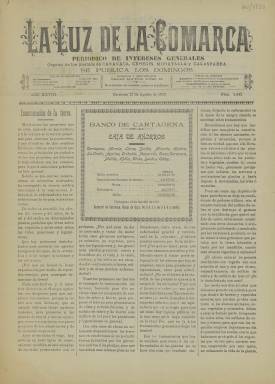
Título: La Luz de la comarca
Colección: Periódicos
Ámbito geográfico: Murcia
Lugar de publicación: Caravaca [Murcia]
Fechas: 21/08/1910-10/09/1911

Semanario de Caravaca de la Cruz y su comarca, se trata de un periódico que tuvo una vida larga, dado que comenzó a editarse en 1885 y concluyó su trayectoria a finales de la década de 1920. La Biblioteca Nacional de España solo posee dos números de esta publicación local, correspondientes a los años 1910 y 1911. En estos años La Luz de la comarca ya tenía como competidor en Caravaca a El Siglo Nuevo, que era de ideario más conservador, aunque ninguno de los dos estaba adscrito a un partido o patrocinado por un político local o regional.

     La Luz de la comarca comenzó a llamarse así en 1889, pues inicialmente su nombre era La Luz de Caravaca. A partir de entonces se publicaba los domingos y se declaraba órgano de los pueblos de Caravaca, Cehegin, Moratalla y Calasparra, es decir la zona noroeste de la región murciana. Fue el primer periódico de Caravaca que amplió su radio de acción con información de los pueblos cercanos.

    Por los números que posee la BNE se colige que el periódico estaba volcado en la información oficial y noticias locales y acogía además colaboraciones literarias. Contaba con un gran número de anuncios publicitarios, lo que facilitaría financieramente su edición y justificaría la longevidad de la publicación.

   Como era corriente en los periódicos locales, celebraba como triunfos propios de toda la población cuando alguno de sus vecinos lograba destacar. Se ve un ejemplo de ello en el número del 21 de agosto de 1910 donde se informa en un suelto sobre un estudiante notable de la localidad: ‘Con gran satisfacción hemos sabido que nuestro querido paisano el aventajado estudiante D. Enrique Jiménez Girón ha obtenido sobresaliente con matrícula de honor en las asignaturas del preparatorio de ingenieros agrónomos, y ha ingresado en la Escuela el pasado curso con el número uno y el máximo de puntuación en la calificación’.

   Sobre este periódico se puede obtener más información consultando la web ‘región de murcia digital’, donde en el apartado dedicado a Caravaca se puede leer una historia de la prensa de la localidad.

[Descripción publicada el 12/09/2022]